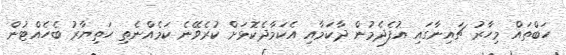
ހަބްތައް މިހާރު ޗައިނާގައި އުފެދެމުން ދާކަމާއި އެކަމާދެކޮޅަށް ކުރެވޭނެ ކަމެއްނެތި ހަތިޔާރު ބެހެއްޓުން